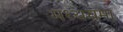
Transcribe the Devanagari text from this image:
मध्यचमा